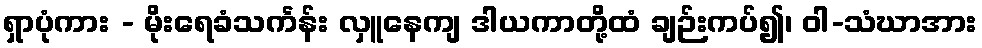
ရှာပုံကား - မိုးရေခံသင်္ကန်း လှူနေကျ ဒါယကာတို့ထံ ချဉ်းကပ်၍၊ ဝါ-သံဃာအား